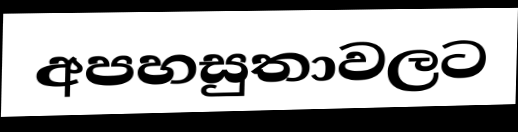
අපහසුතාවලට